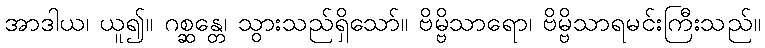
အာဒါယ၊ ယူ၍။ ဂစ္ဆန္တေ၊ သွားသည်ရှိသော်။ ဗိမ္ဗိသာရော၊ ဗိမ္ဗိသာရမင်းကြီးသည်။